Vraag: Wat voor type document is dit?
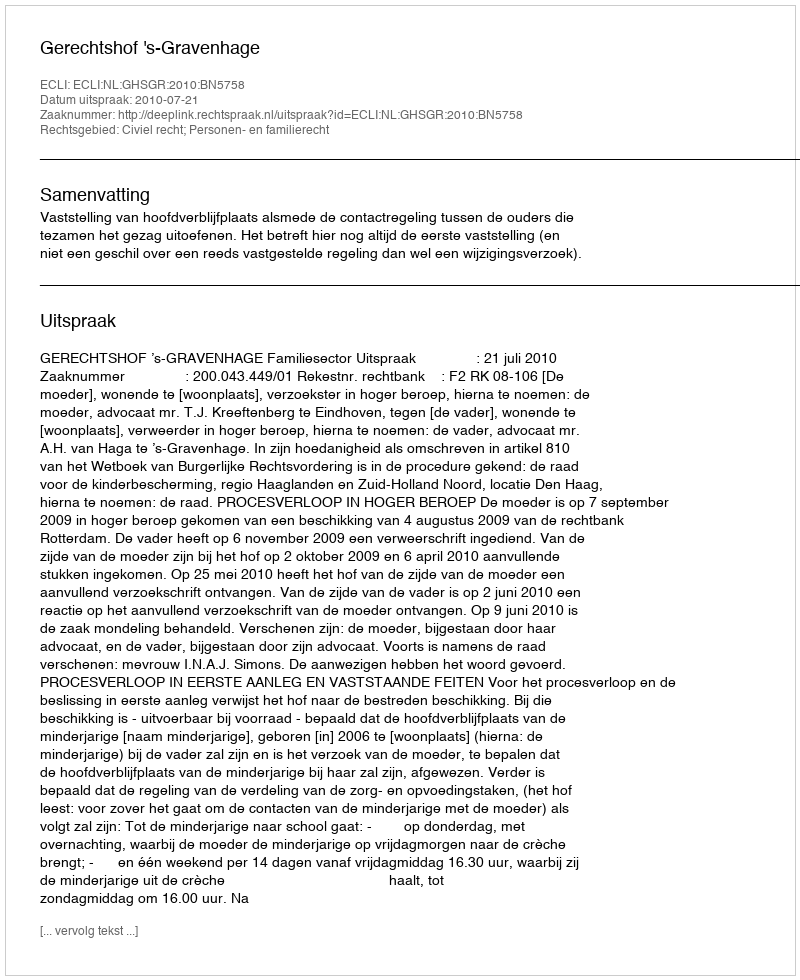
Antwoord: Uitspraak